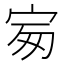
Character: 𡧴